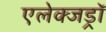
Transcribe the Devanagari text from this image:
एलेक्जड्राॅ